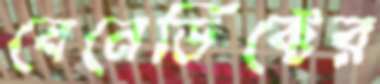
বেনেডিক্টের